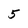
Character: 5